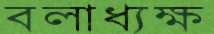
বলাধ্যক্ষ